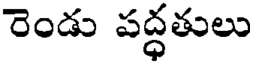
రెండు పద్ధతులు